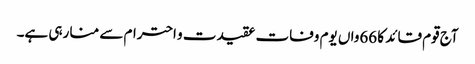
آج قوم قائد کا 66واں یوم وفات عقیدت و احترام سے منا رہی ہے۔